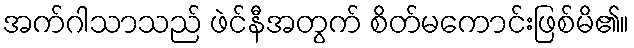
အက်ဂါသာသည် ဖဲင်နီအတွက် စိတ်မကောင်းဖြစ်မိ၏။